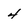
Character: 4